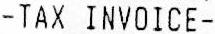
-TAX INVOICE-